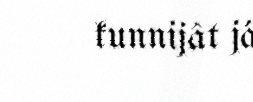
kunnijât já